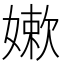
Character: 嫰